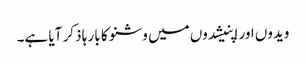
ویدوں اور اپنیشدوں میں وشنو کا بار ہا ذکر آیا ہے۔